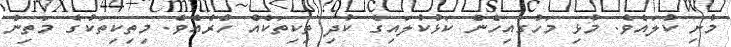
މުށި ކުލައެވެ. މުޅި މަހުގައިހެން ކަޅުކުލައިގެ ކުދި ތިކިތަކެއް ހުރެއެވެ. މިތިކިތަކުގެ މަތިން